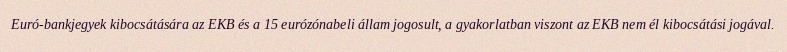
Euró-bankjegyek kibocsátására az EKB és a 15 eurózónabeli állam jogosult, a gyakorlatban viszont az EKB nem él kibocsátási jogával.